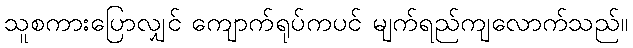
သူစကားပြောလျှင် ကျောက်ရုပ်ကပင် မျက်ရည်ကျလောက်သည်။